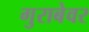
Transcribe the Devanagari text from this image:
गुराबेवर